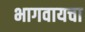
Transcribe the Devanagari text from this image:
भागवायचा